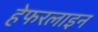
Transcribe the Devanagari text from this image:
हेफरलाइन